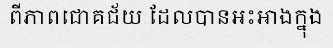
ពីភាពជោគជ័យ ដែលបានអះអាងក្នុង